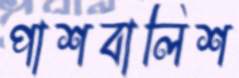
পাশবালিশ